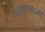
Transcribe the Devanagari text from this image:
कल्याणगामी